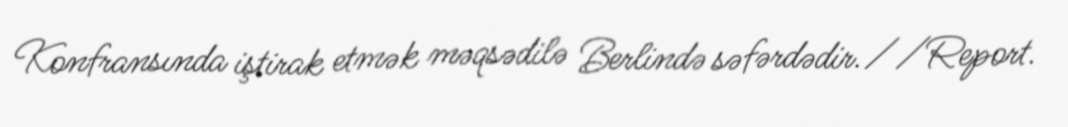
Konfransında iştirak etmək məqsədilə Berlində səfərdədir.//Report.